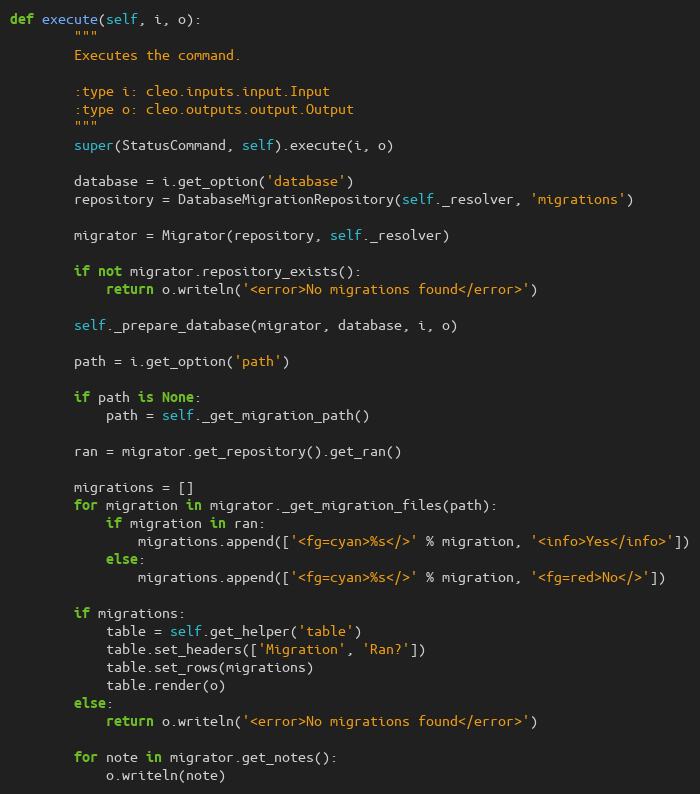
Language: Python
def execute(self, i, o):
        """
        Executes the command.

        :type i: cleo.inputs.input.Input
        :type o: cleo.outputs.output.Output
        """
        super(StatusCommand, self).execute(i, o)

        database = i.get_option('database')
        repository = DatabaseMigrationRepository(self._resolver, 'migrations')

        migrator = Migrator(repository, self._resolver)

        if not migrator.repository_exists():
            return o.writeln('<error>No migrations found</error>')

        self._prepare_database(migrator, database, i, o)

        path = i.get_option('path')

        if path is None:
            path = self._get_migration_path()

        ran = migrator.get_repository().get_ran()

        migrations = []
        for migration in migrator._get_migration_files(path):
            if migration in ran:
                migrations.append(['<fg=cyan>%s</>' % migration, '<info>Yes</info>'])
            else:
                migrations.append(['<fg=cyan>%s</>' % migration, '<fg=red>No</>'])

        if migrations:
            table = self.get_helper('table')
            table.set_headers(['Migration', 'Ran?'])
            table.set_rows(migrations)
            table.render(o)
        else:
            return o.writeln('<error>No migrations found</error>')

        for note in migrator.get_notes():
            o.writeln(note)